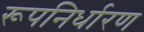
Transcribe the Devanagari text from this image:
रूपनिर्धारण